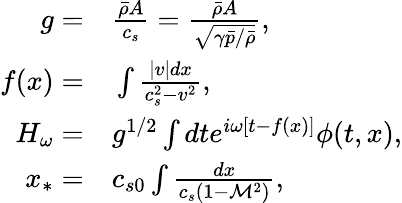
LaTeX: \begin{array}{rl}{g=}&{{}\frac{\bar{\rho}A}{c_{s}}=\frac{\bar{\rho}A}{\sqrt{\gamma\bar{p}/\bar{\rho}}},}\\ {f(x)=}&{{}\int\frac{|v|dx}{c_{s}^{2}-v^{2}},}\\ {H_{\omega}=}&{{}g^{1/2}\int dte^{i\omega[t-f(x)]}\phi(t,x),}\\ {x_{*}=}&{{}c_{s0}\int\frac{dx}{c_{s}(1-\mathcal{M}^{2})},}\end{array}